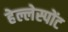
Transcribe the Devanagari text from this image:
हेल्लेस्पोंट